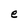
Character: e